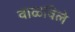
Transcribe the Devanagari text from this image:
वाळविले